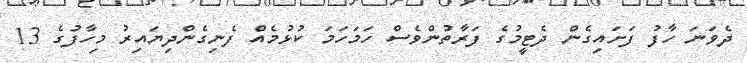
ދެވަނަ ހާފު ފަށައިގެން ދެޓީމުގެ ފަރާތުންވެސް ހަމަހަމަ ކުޅުމެއް ފެނިގެންދިޔައިރު މިހާފުގެ 13